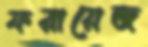
ফরায়েজ